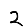
Digit: 2